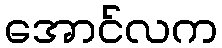
အောင်လက